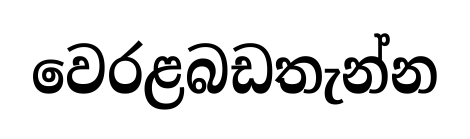
වෙරළබඩතැන්න